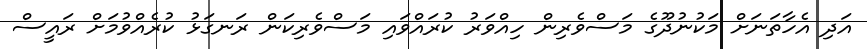
އަދި އެހާތަނަށް މަކުނުދޫގެ މަސްވެރިން ހިއްވަރު ކުރައްވައި މަސްވެރިކަން ރަނގަޅު ކުރެއްވުމަށް ރައީސް